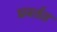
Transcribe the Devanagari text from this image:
प्रवर्तत